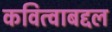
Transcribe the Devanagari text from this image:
कवित्वाबद्दल